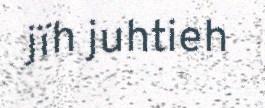
jïh juhtieh